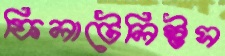
ফিলাটেলিস্টস